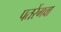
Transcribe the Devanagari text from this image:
पतरेंगवा